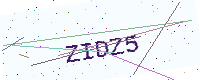
Text: ZIDZ5